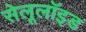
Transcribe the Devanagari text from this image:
सेलूलॉइड